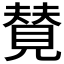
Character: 𫌡